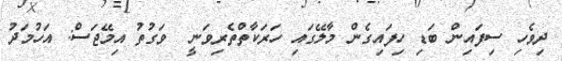
ދިވެހި ސިފައިން ބަޑި ހިފައިގެން މާލޭގައި ހަރަކާތްތެރިވަނީ  ވަގުތު އިމޭޖަސް: އަހުމަދު